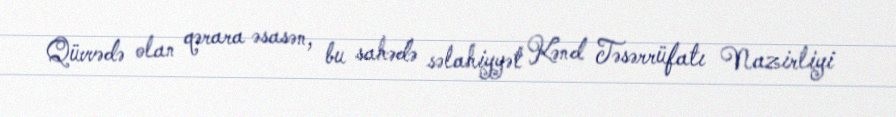
Qüvvədə olan qərara əsasən, bu sahədə səlahiyyət Kənd Təsərrüfatı Nazirliyi